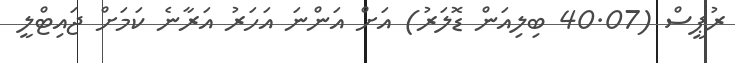
ރުޕީސް (40.07 ބިލިއަން ޑޮލަރު) އަށް އަންނަ އަހަރު އަރާނެ ކަމަށް ޖައިޓްލީ